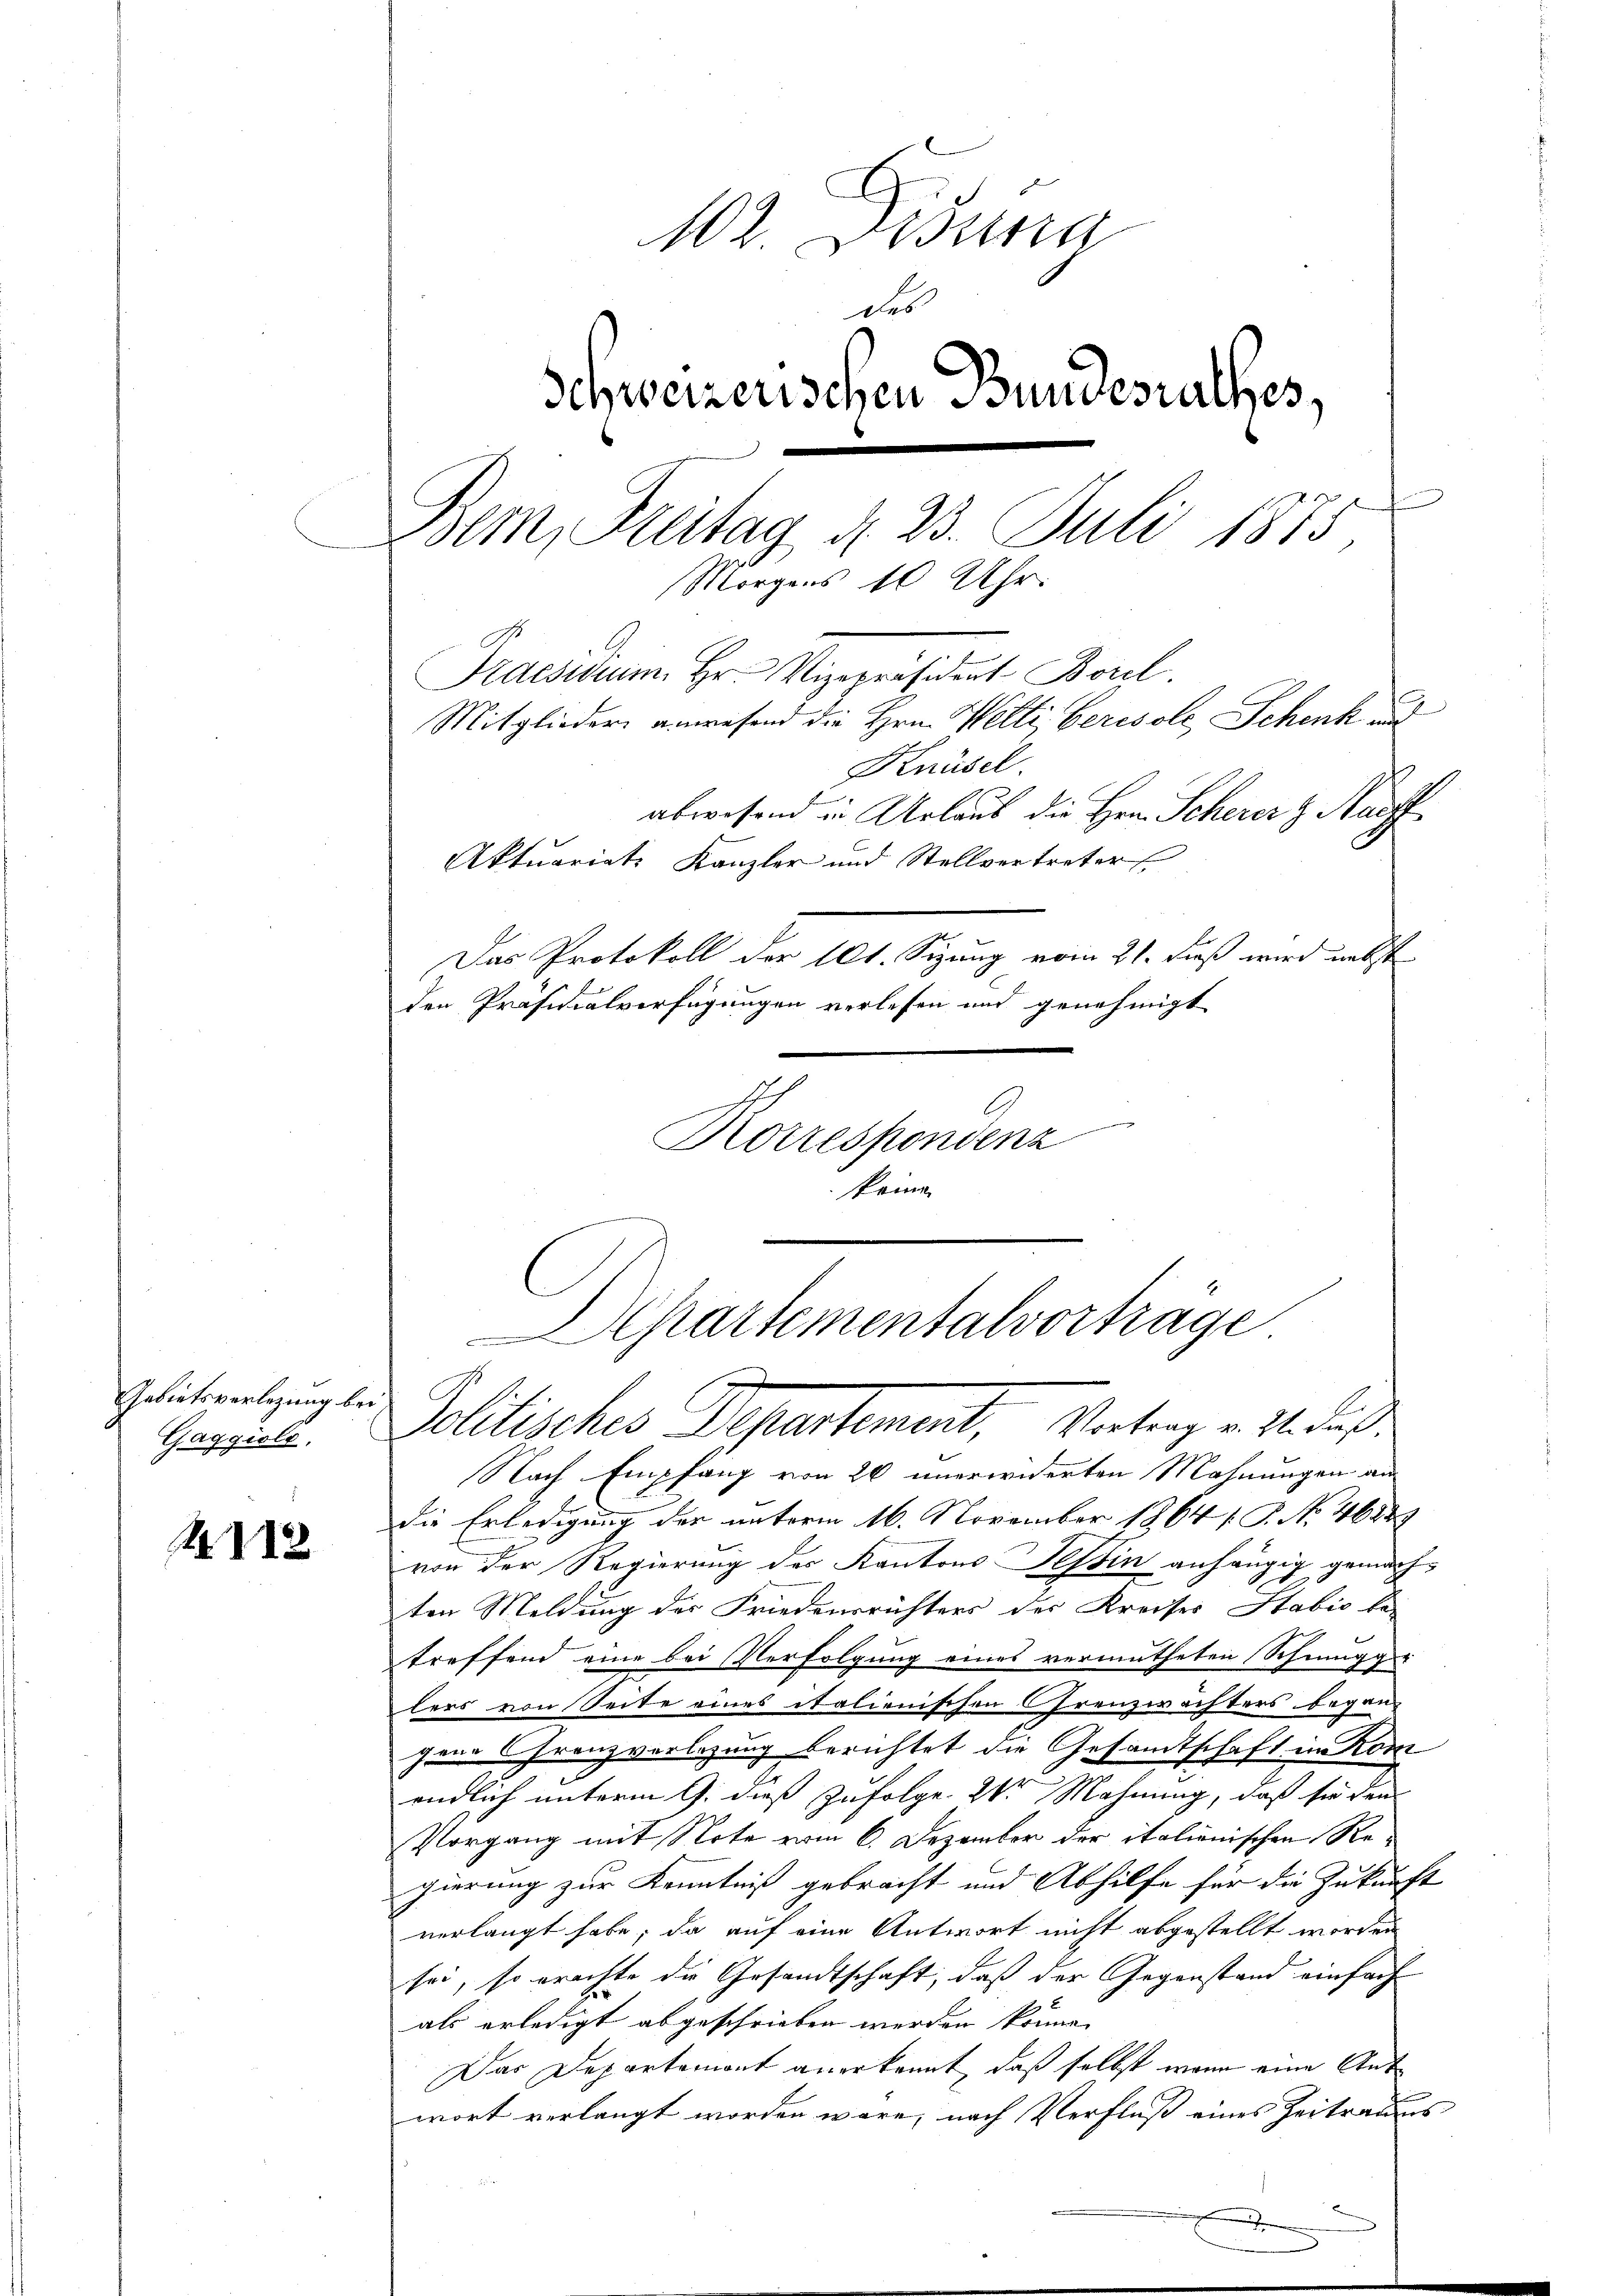
Gebietsverlegung be¬
Gagguls,

Ao. 112

102 Disung
.
Schweizerischen Bundesurthes,
Bem, Freitag d. 23. Juli 1875,
Morgens 10 Uhr.
Praesidium Hr. Vizepräsident Borel.
Mitglieder anwesend die Hrn. Welti, berisole, Schenk auf
Knüsel

abwesend in Urlaub die Hrn. Scherer Nachf
Aktuariats Kanzler und Stellvertreter
Das Protokoll der 101. Sizung vom 21. Fuß wird nebst
den Präsidialverfügungen verlesen und genehmigt
Eisen seinerung
Korrespondenz
keine
Pollisches Departement, Vortrag u. 2. dies
Nach Empfang von 20 unerwiderten Mahnungen an
die Erledigung der unterm 16. November 1864 [P. No. 46889
von der Regierung des Kantons Tessin anhängig gemachten Meldung der Friedensrichters des Kreises Stabić le-
treffend eine bei Verfolgung eines vermutheten Schinigg
lers von Seite eines italienischen Grenzwächters begangene Granzverlegung berichtet die Gesandtschaft in Rom
endlich unterm 9. dieß zufolge. 2 Mahnung, daß sie den
Vorgang mit Note vom 6. Dezember der italienischen Regierung zur Kenntniß gebracht und Abhilfe für die Zukunft
verlangt habe; da auf eine Antwort nicht abgestellt worden
sei, so erachte die Gesandtschaft, daß der Gegenstand einfach
.
als erledigt abgeschrieben werden könne. |
Das Departemont anerkannt, daß selbst wenn eine Ant
wort verlangt worden wäre, nach Verfluß eines Zeitraums
x

Achartementalvortrage